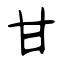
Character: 甘